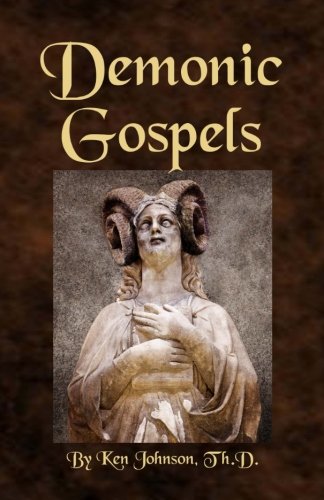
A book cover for Demonic Gospels: The Truth about the Gnostic Gospels; Ken Johnson; Christian Books & Bibles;